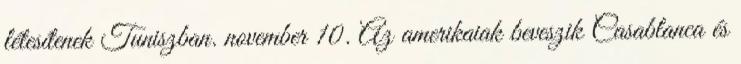
létesítenek Tuniszban. november 10. Az amerikaiak beveszik Casablanca és